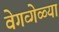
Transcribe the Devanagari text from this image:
वेगव्गेळ्या